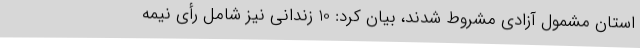
استان مشمول آزادی مشروط شدند، بیان کرد: 10 زندانی نیز شامل رأی نیمه‌